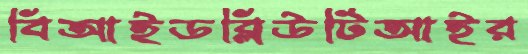
বিআইডব্লিউটিআইর